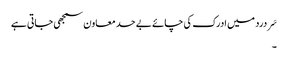
سَر درد میں ادرک کی چائے بے حد معاون سمجھی جاتی ہے
۔